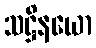
သဋ္ဌိနယော